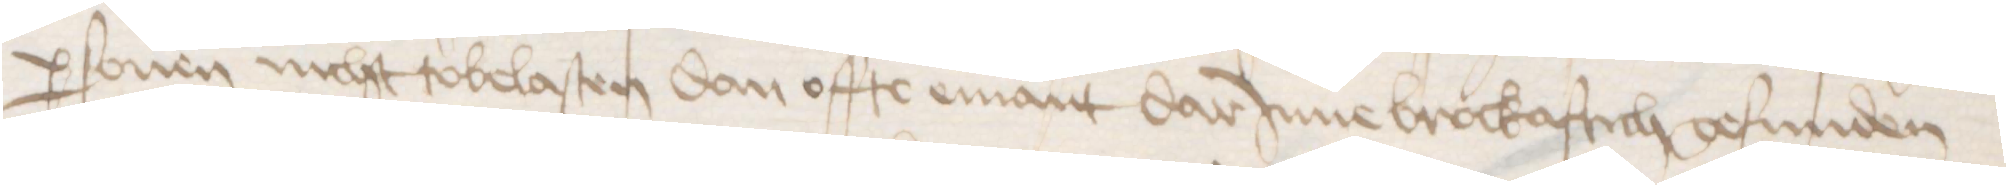
personen nicht tobelasten dan offte emant darJnne brockaftich gefunden